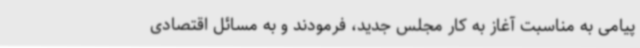
پیامی به مناسبت آغاز به کار مجلس جدید، فرمودند و به مسائل اقتصادی